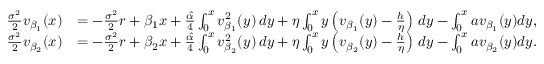
\begin{array} { r l } { \frac { \sigma ^ { 2 } } { 2 } v _ { \beta _ { 1 } } ( x ) } & { = - \frac { \sigma ^ { 2 } } { 2 } r + \beta _ { 1 } x + \frac { \hat { \alpha } } { 4 } \int _ { 0 } ^ { x } v _ { \beta _ { 1 } } ^ { 2 } ( y ) \, d y + \eta \int _ { 0 } ^ { x } y \left( v _ { \beta _ { 1 } } ( y ) - \frac { h } { \eta } \right) \, d y - \int _ { 0 } ^ { x } a v _ { \beta _ { 1 } } ( y ) d y , } \\ { \frac { \sigma ^ { 2 } } { 2 } v _ { \beta _ { 2 } } ( x ) } & { = - \frac { \sigma ^ { 2 } } { 2 } r + \beta _ { 2 } x + \frac { \hat { \alpha } } { 4 } \int _ { 0 } ^ { x } v _ { \beta _ { 2 } } ^ { 2 } ( y ) \, d y + \eta \int _ { 0 } ^ { x } y \left( v _ { \beta _ { 2 } } ( y ) - \frac { h } { \eta } \right) \, d y - \int _ { 0 } ^ { x } a v _ { \beta _ { 2 } } ( y ) d y . } \end{array}